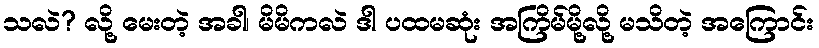
သလဲ? လို့ မေးတဲ့ အခါ၊ မိမိကလဲ ဒါ ပထမဆုံး အကြိမ်မို့လို့ မသိတဲ့ အကြောင်း